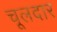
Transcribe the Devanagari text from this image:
चूलदार